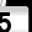
Digit: 5